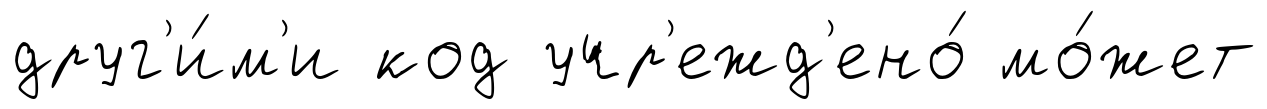
друг'и́м'и код учр'ежд'ено́ мо́жет